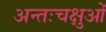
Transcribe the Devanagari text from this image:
अन्तःचक्षुओं